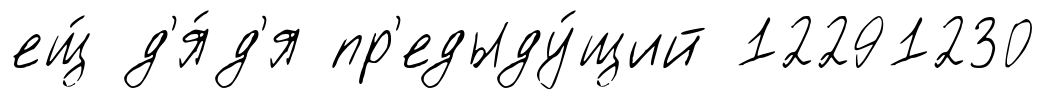
ещ́ д'я́д'я пр'едыду́щий 12291230